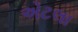
એટલા